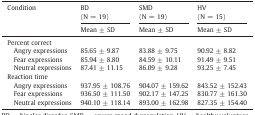
<table><thead><tr><td rowspan="2"><b>Condition</b></td><td><b>BD(N = 19)</b></td><td><b>SMD(N = 19)</b></td><td><b>HV(N = 15)</b></td></tr><tr><td><b>Mean ± SD</b></td><td><b>Mean ± SD</b></td><td><b>Mean ± SD</b></td></tr></thead><tbody><tr><td>Percent correct</td><td></td><td></td><td></td></tr><tr><td> Angry expressions</td><td>85.65 ± 9.87</td><td>83.88 ± 9.75</td><td>90.92 ± 8.82</td></tr><tr><td> Fear expressions</td><td>85.94 ± 8.80</td><td>84.59 ± 10.11</td><td>91.49 ± 9.51</td></tr><tr><td> Neutral expressions</td><td>87.41 ± 11.15</td><td>86.09 ± 9.28</td><td>93.25 ± 7.45</td></tr><tr><td>Reaction time</td><td></td><td></td><td></td></tr><tr><td> Angry expressions</td><td>937.95 ± 108.76</td><td>904.07 ± 159.62</td><td>843.52 ± 152.43</td></tr><tr><td> Fear expressions</td><td>936.50 ± 111.50</td><td>902.17 ± 147.25</td><td>830.77 ± 161.30</td></tr><tr><td> Neutral expressions</td><td>940.10 ± 118.14</td><td>893.00 ± 162.98</td><td>827.35 ± 154.40</td></tr></tbody></table>